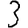
Digit: 3